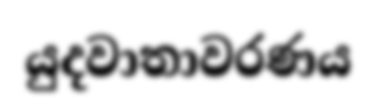
යුදවාතාවරණය